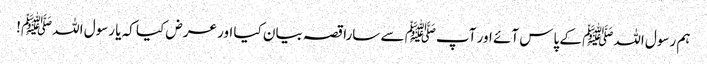
ہم رسول اللہﷺ کے پاس آئے اور آپﷺ سے سارا قصہ بیان کیا اور عرض کیا کہ یا رسول اللہﷺ!